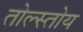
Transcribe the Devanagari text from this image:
तोल्स्तोय